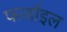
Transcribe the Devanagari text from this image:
फर्जाइल